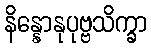
နိန္နောနုပုဗ္ဗသိက္ခာ